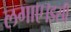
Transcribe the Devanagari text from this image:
लगाए।इसी